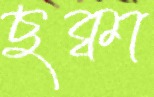
ছক্বা